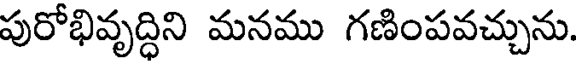
పురోభివృద్ధిని మనము గణింపవచ్చును.